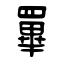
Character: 罼